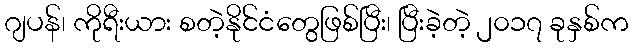
ဂျပန်၊ ကိုရီးယား စတဲ့နိုင်ငံတွေဖြစ်ပြီး၊ ပြီးခဲ့တဲ့ ၂၀၁၇ ခုနှစ်က